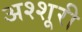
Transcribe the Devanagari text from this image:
अश्शूरी